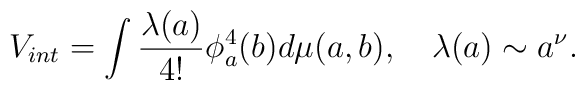
V_{int} =\int \frac{\lambda(a)}{4!} \phi^4_a(b) d\mu(a,b),\quad  \lambda(a)\sim a^\nu.